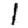
Digit: 1